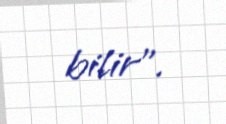
bilir”.